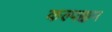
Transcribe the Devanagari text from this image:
कल्पक्कम